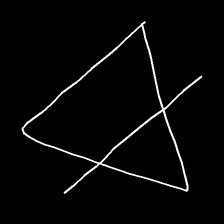
Glyph: empower